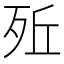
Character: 𣧭